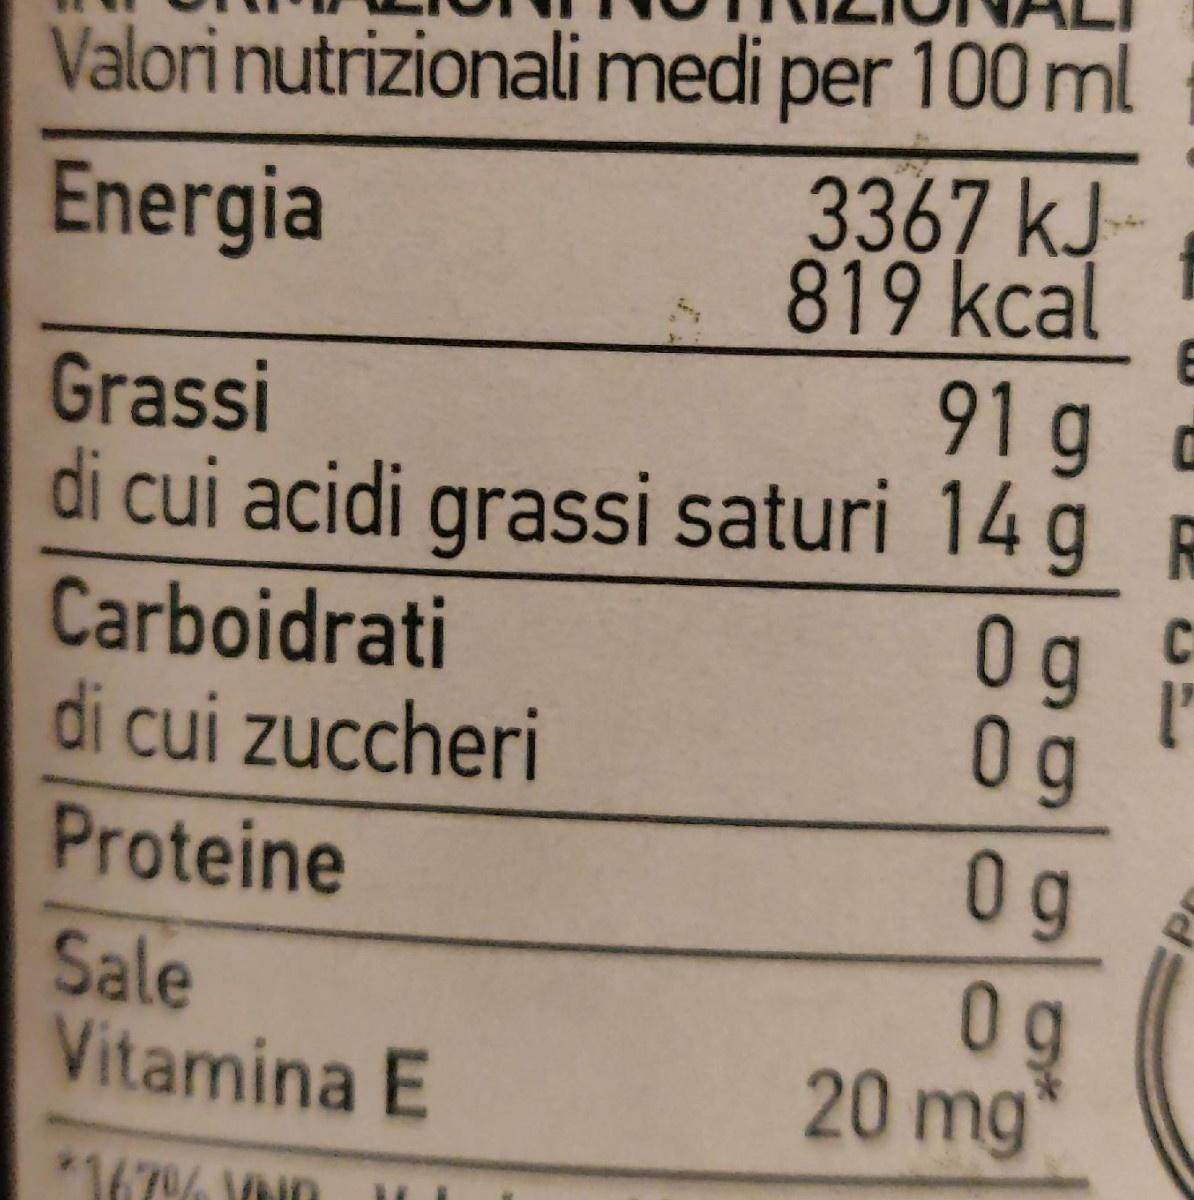
Valori nutrizionali medi per 100 ml 3367 kJ 819 kcal 91g di cui acidi grassi saturi 14 g R 0g 0 g
Energia
Grassi
C
Carboidrati di cui zuccheri
Proteine
0g
Sale Vitamina E
0g 20 mg
*167% MND